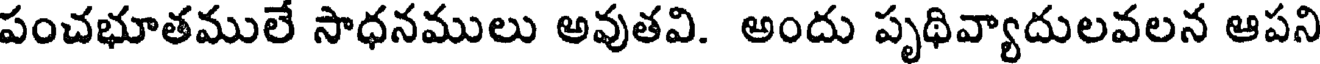
పంచభూతములే సాధనములు అవుతవి. అందు పృథివ్యాదులవలన ఆపని